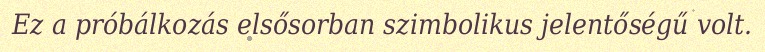
Ez a próbálkozás elsősorban szimbolikus jelentőségű volt.